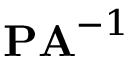
\mathbf { P A } ^ { - 1 }